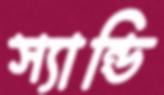
স্যান্ডি